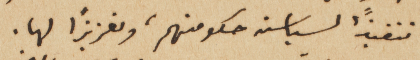
تنفيذاً لسياسة حكومتهم، وتعزيزاً لها.